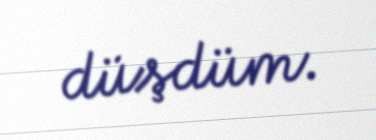
düşdüm.